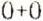
0+0